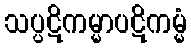
သပ္ပဋိကမ္မာပဋိကမ္မံ